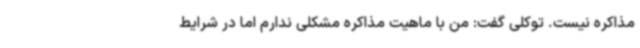
مذاکره نیست. توکلی گفت: من با ماهیت مذاکره مشکلی ندارم اما در شرایط